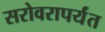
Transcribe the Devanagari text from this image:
सरोवरापर्यंत